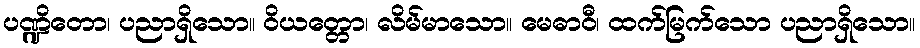
ပဏ္ဍိတော၊ ပညာရှိသော။ ဝိယတ္တော၊ လိမ်မာသော။ မေဓာဝီ၊ ထက်မြက်သော ပညာရှိသော။